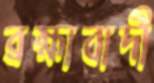
ব্রহ্মাবাদী